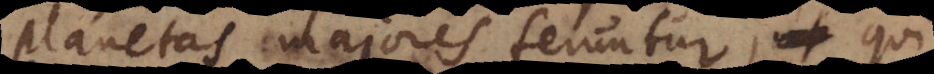
planetas majores feruntur, qui